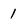
Character: 1